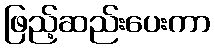
ဖြည့်ဆည်းပေးကာ